Second report of the anti-malarial operations at Mian Mir, 1901-1903 - Number 9
Year: 1901
Disease focus: Malaria
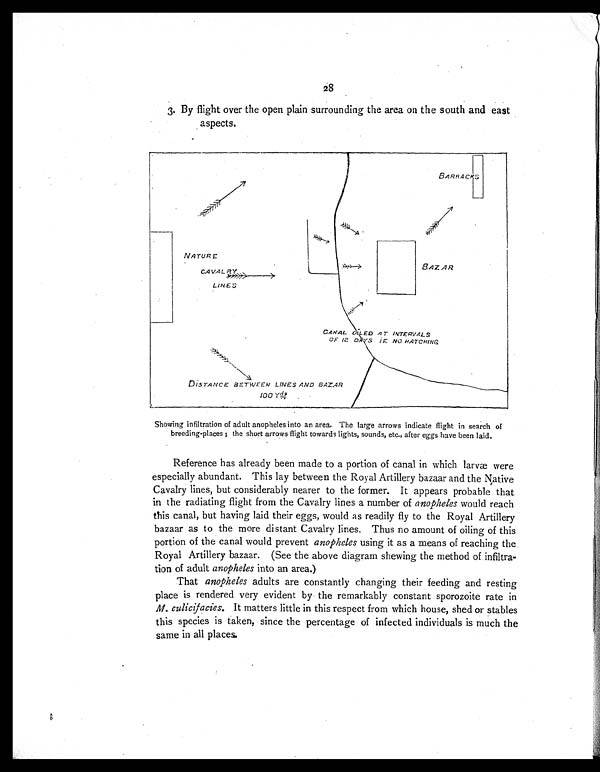
28
3. By flight over the open plain surrounding the area on the south and east
aspects.
Showing infiltration of adult anopheles into an area. The large arrows indicate flight in search of
breeding-places ; the short arrows flight towards lights, sounds, etc., after eggs have been laid.
Reference has already been made to a portion of canal in which larvæ were
especially abundant. This lay between the Royal Artillery bazaar and the Native
Cavalry lines, but considerably nearer to the former. It appears probable that
in the radiating flight from the Cavalry lines a number of anopheles would reach
this canal, but having laid their eggs, would as readily fly to the Royal Artillery
bazaar as to the more distant Cavalry lines. Thus no amount of oiling of this
portion of the canal would prevent anopheles using it as a means of reaching the
Royal Artillery bazaar. (See the above diagram shewing the method of infiltra-
tion of adult anopheles into an area.)
That anopheles adults are constantly changing their feeding and resting
place is rendered very evident by the remarkably constant sporozoite rate in
M. culicifacies. It matters little in this respect from which house, shed or stables
this species is taken, since the percentage of infected individuals is much the
same in all places.